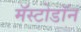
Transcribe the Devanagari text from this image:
मॅस्टोडॉन